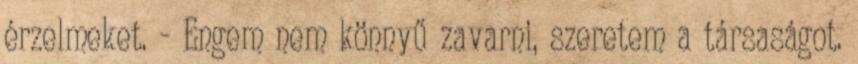
érzelmeket. - Engem nem könnyű zavarni, szeretem a társaságot.